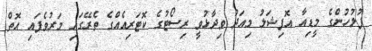
ފުލުހުންގެ މީޑިއާ އޮފިޝަލު މިއަދު ވިދާޅުވީ ރިސޯޓުގެ ކޮޓަރިއެއްގެ ތެރޭގައި މަރުވެފައި އޮތް